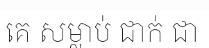
គេ សម្លាប់ ជាក់ ជា